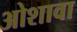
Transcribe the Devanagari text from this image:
ओशावा